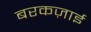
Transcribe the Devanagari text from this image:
बरकज़ाई